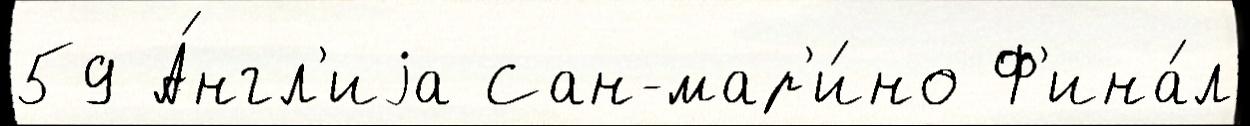
59 А́нгл'иjа Сан-мар'и́но Ф'ина́л